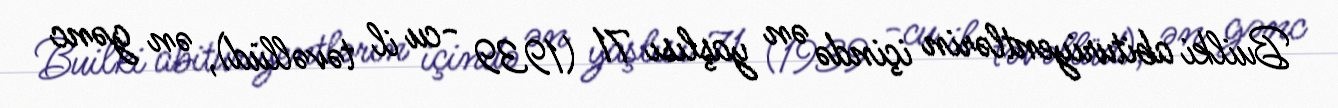
Builki abituriyentlərin içində ən yaşlısı 71 (1939 -cu il təvəllüd), ən gənc